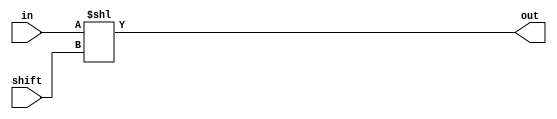
// This program was cloned from: https://github.com/lvyitian/public_personal_files
// License: Creative Commons Zero v1.0 Universal

module TC_Shl (in, shift, out);
    parameter UUID = 0;
    parameter NAME = "";
    parameter BIT_WIDTH = 1;
    input [BIT_WIDTH-1:0] in;
    input [7:0] shift;
    output [BIT_WIDTH-1:0] out;

    assign out = in << shift;
endmodule